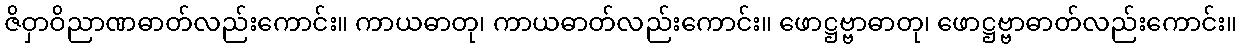
ဇိဝှာဝိညာဏဓာတ်လည်းကောင်း။ ကာယဓာတု၊ ကာယဓာတ်လည်းကောင်း။ ဖောဋ္ဌဗ္ဗာဓာတု၊ ဖောဋ္ဌဗ္ဗာဓာတ်လည်းကောင်း။